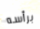
برأسه